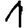
Digit: 1